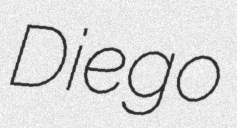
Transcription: Diego